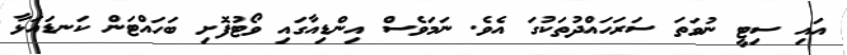
އައި ސިޓީ ނުވަތަ ސަރަހައްދުތަކުގަ އެވެ. ނަމަވެސް އިންޑިއާގައި ވޯޓުފޮށި ބަހައްޓަން ކަނޑައަޅާ